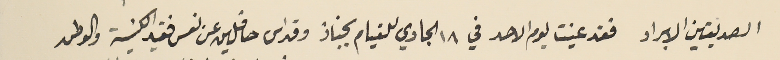
الصديقين الابرار فقد عينت يوم الاحد في ١٨ الجاري للقيام بجناز وقداس حافلين عن نفس فقيد الكنيسة والوطن